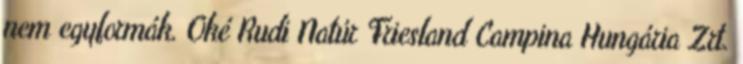
nem egyformák. Oké Rudi Natúr Friesland Campina Hungária Zrt.